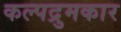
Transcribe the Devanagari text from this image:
कल्पद्रुमकार